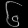
Digit: ၆